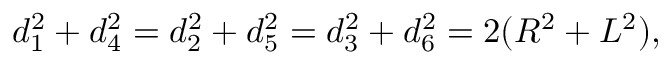
d _ { 1 } ^ { 2 } + d _ { 4 } ^ { 2 } = d _ { 2 } ^ { 2 } + d _ { 5 } ^ { 2 } = d _ { 3 } ^ { 2 } + d _ { 6 } ^ { 2 } = 2 ( R ^ { 2 } + L ^ { 2 } ) ,